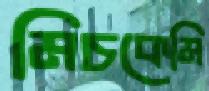
মিচকেমি